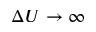
\Delta U \to \infty